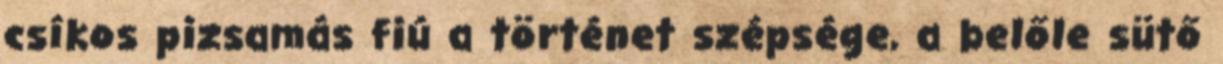
csíkos pizsamás fiú a történet szépsége, a belőle sütő